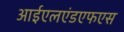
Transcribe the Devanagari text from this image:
आईएलएंडएफएस